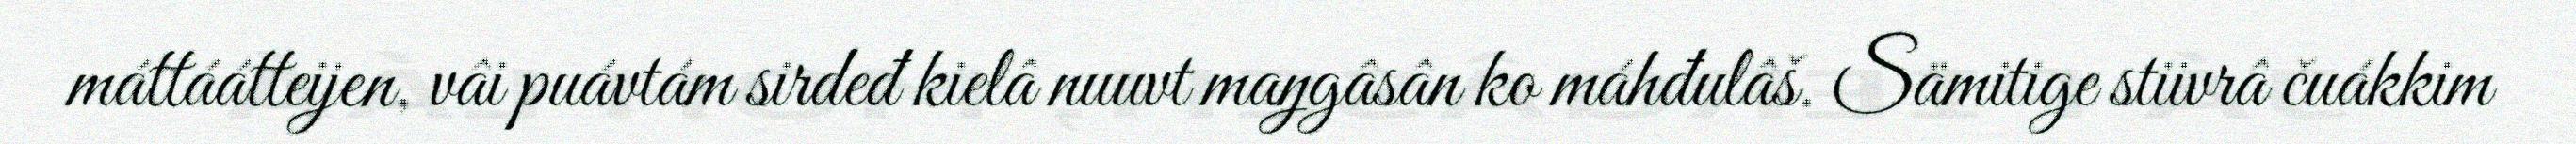
máttáátteijen, vâi puávtám sirdeđ kielâ nuuvt maŋgâsân ko máhđulâš. Sämitige stiivrâ čuákkim